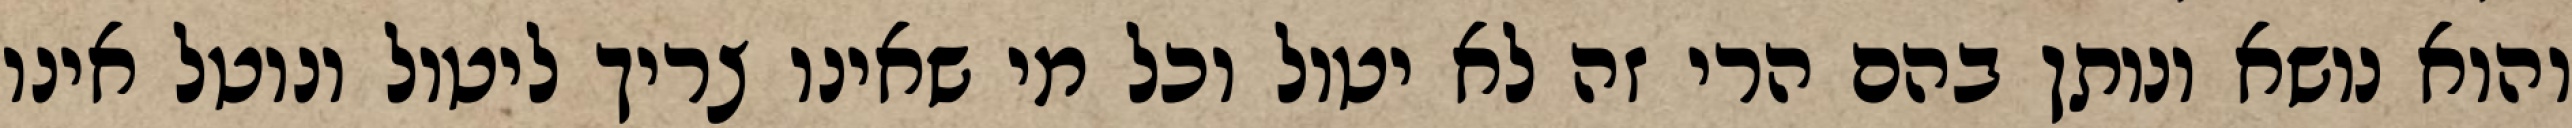
והוא נושא ונותן בהם הרי זה לא יטול וכל מי שאינו צריך ליטול ונוטל אינו